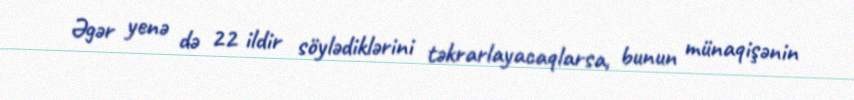
Əgər yenə də 22 ildir söylədiklərini təkrarlayacaqlarsa, bunun münaqişənin